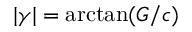
\vert \gamma \vert = \mathrm { a r c t a n } ( G / c )